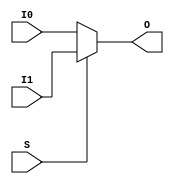
`timescale 1ns / 1ps
//////////////////////////////////////////////////////////////////////////////////
// Company: 
// Engineer: 
// 
// Design Name: 
// Module Name:    mux8 
// Project Name: 
// Target Devices: 
// Tool versions: 
// Description: 
//
// Dependencies: 
//
// Revision: 
// Revision 0.01 - File Created
// Additional Comments: 
//
//////////////////////////////////////////////////////////////////////////////////
module mux8(
    input [7:0] I0,
    input [7:0] I1,
    output [7:0] O,
    input S
    );
	assign O = S?I1:I0;

endmodule